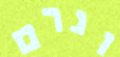
וגרם